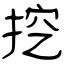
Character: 挖